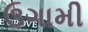
ઉગામી